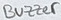
Text: Buzzer